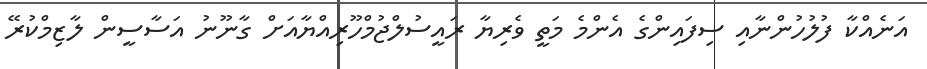
އަނެއްކާ ފުލުހުންނާއި ސިފައިންގެ އެންމެ މަތީ ވެރިޔާ ރައީސުލްޖުމްހޫރިއްޔާއަށް ގާނޫނު އަސާސީން ލާޒިމްކުރޭ